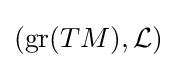
(\mathrm {gr} (TM),{\mathcal {L}})